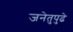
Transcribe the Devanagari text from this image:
जनेतुपुढे